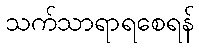
သက်သာရာရစေရန်